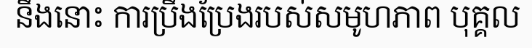
នឹងនោះ ការប្រឹងប្រែងរបស់សមូហភាព បុគ្គល